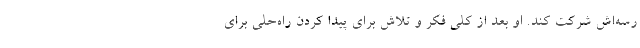
رسه‌اش شرکت کند. او بعد از کلی فکر و تلاش برای پیدا کردن راه‌حلی برای